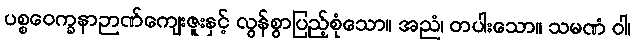
ပစ္စဝေက္ခနာဉာဏ်ကျေးဇူးနှင့် လွန်စွာပြည့်စုံသော။ အညံ၊ တပါးသော။ သမဏံ ဝါ၊